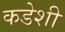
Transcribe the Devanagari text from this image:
कडेशी